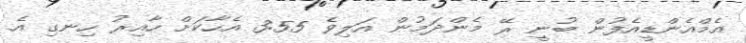
އެމްއެންޑީއެފުން ބުނީ ރޭ މެންދަމުން އަލިވެ 3:55 އެހާކަށް ހާއިރު ހިނގި އެ